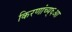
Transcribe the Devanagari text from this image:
किरणांच्य्६आ